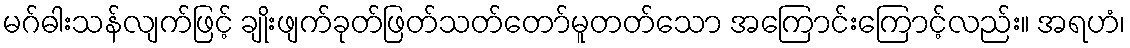
မဂ်ဓါးသန်လျက်ဖြင့် ချိုးဖျက်ခုတ်ဖြတ်သတ်တော်မူတတ်သော အကြောင်းကြောင့်လည်း။ အရဟံ၊